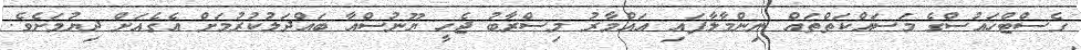
ގެސްޓްހައުސްގެ މަސައްކަތްތައް ނިންމާލާފައި އައްމާރު މިސްރާބު ޖެހީ ޔޫނުސްއާ ބައްދަލުކުރުމަށް އެގެއަށް ދިޔުމަށެވެ.